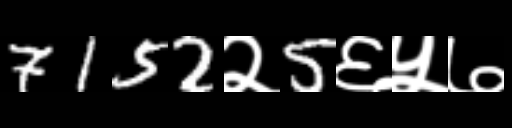
Text: 7152२5६५७